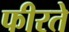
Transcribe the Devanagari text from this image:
फीरते